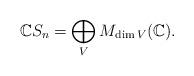
LaTeX: \begin{align*}\mathbb{C} S_n=\bigoplus_V M_{\dim V}(\mathbb{C}). \end{align*}